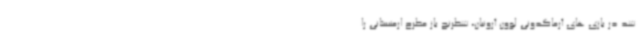
شد در بازی های آرماگدونی لوون آرونیان، شطرنج باز مطرح ارمنستانی را